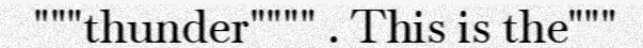
"""thunder"""" . This is the"""